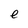
Character: e